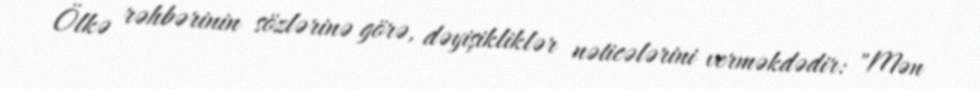
Ölkə rəhbərinin sözlərinə görə, dəyişikliklər nəticələrini verməkdədir: "Mən